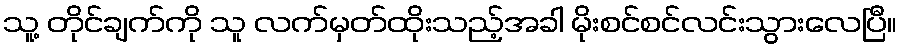
သူ့ တိုင်ချက်ကို သူ လက်မှတ်ထိုးသည့်အခါ မိုးစင်စင်လင်းသွားလေပြီ။